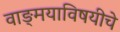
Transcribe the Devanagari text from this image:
वाङ्‌मयाविषयीचे